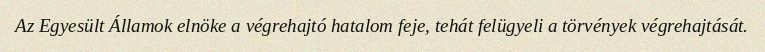
Az Egyesült Államok elnöke a végrehajtó hatalom feje, tehát felügyeli a törvények végrehajtását.